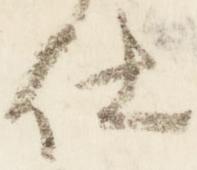
仕